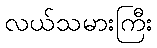
လယ်သမားကြီး